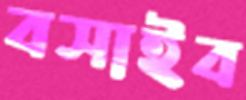
বসাইব